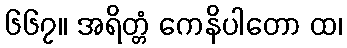
၆၆၇။ အရိတ္တံ ကေနိပါတော ထ၊